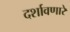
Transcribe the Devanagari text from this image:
दर्शावणारे